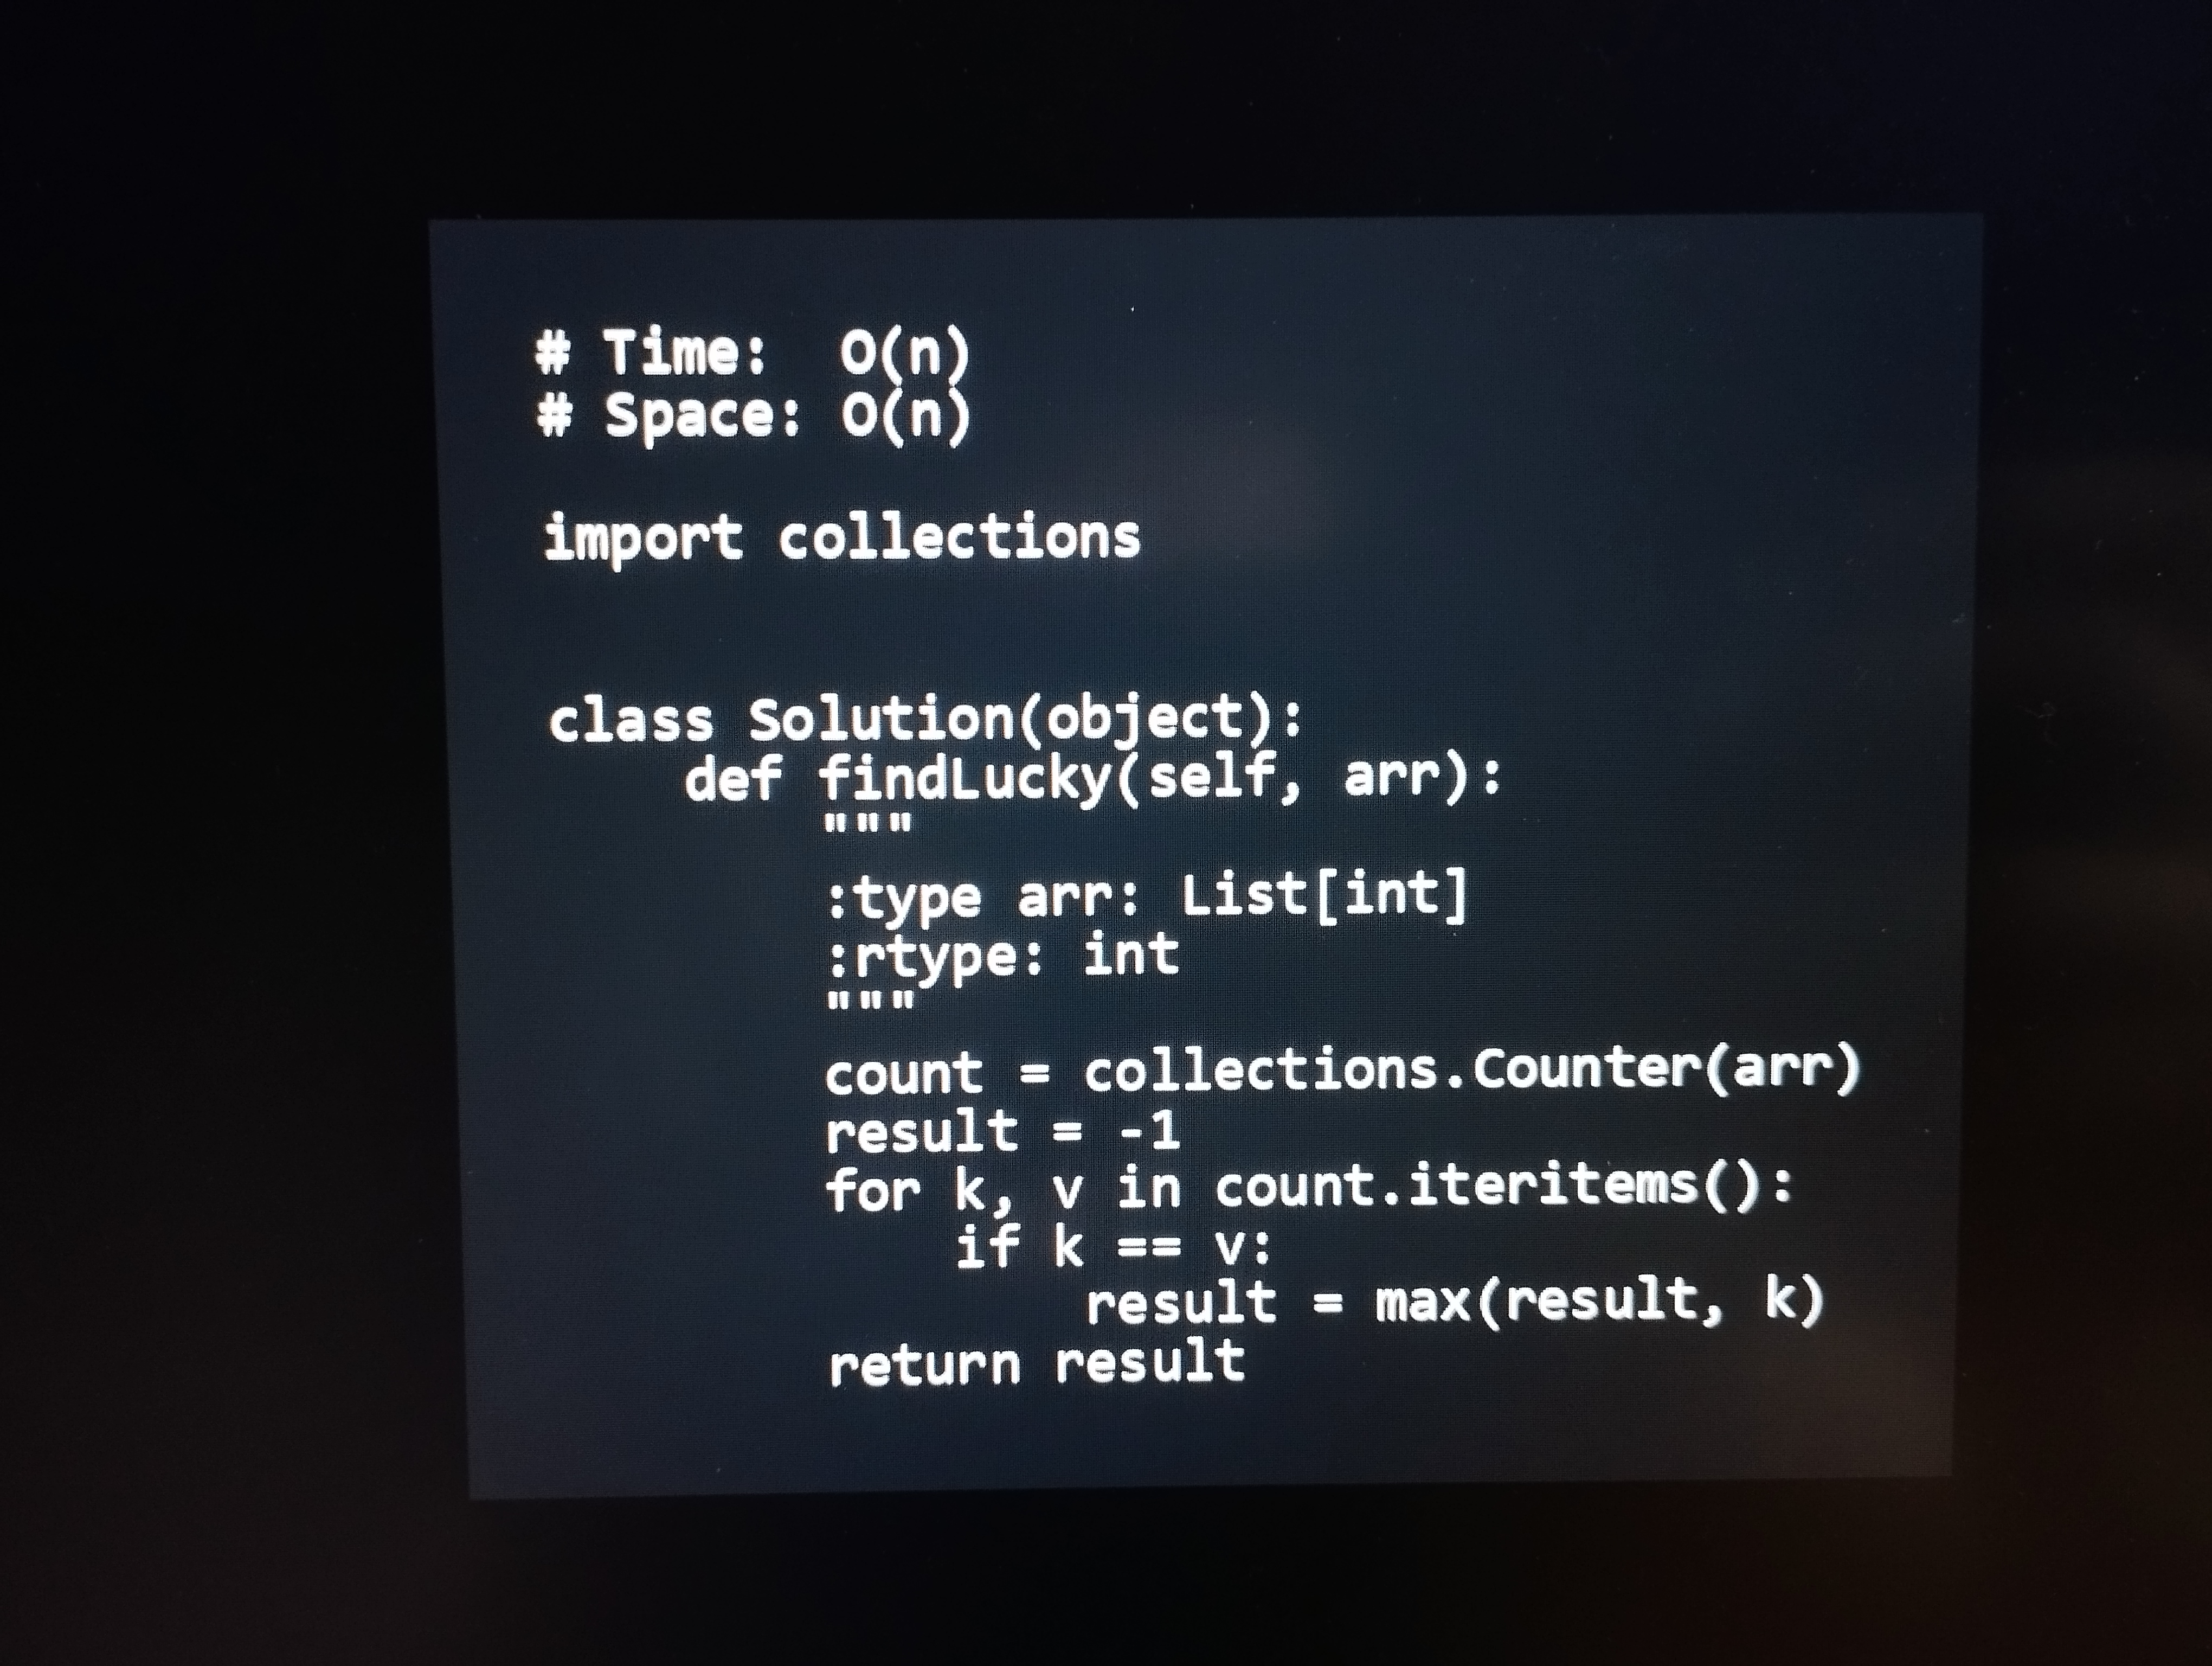
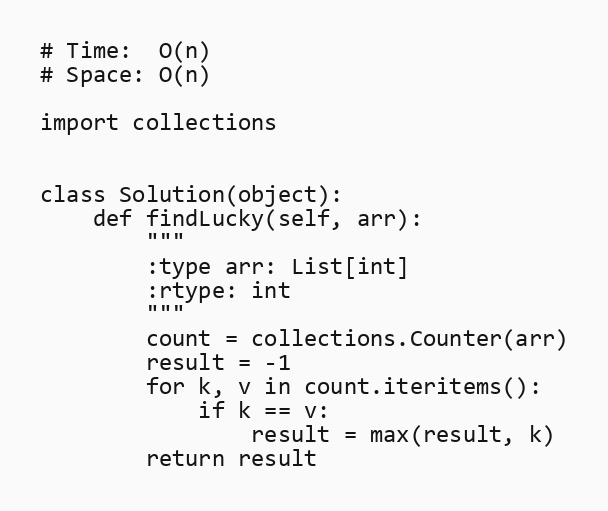
# Time:  O(n)
# Space: O(n)

import collections

class Solution(object):
    def findLucky(self, arr):
        """
        :type arr: List[int]
        :rtype: int
        """
        count = collections.Counter(arr)
        result = -1
        for k, v in count.iteritems():
            if k == v:
                result = max(result, k)
        return result